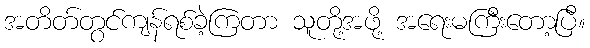
အတိတ်တွင်ကျန်ရစ်ခဲ့ကြတာ သူတို့အဖို့ အရေးမကြီးတော့ပြီ။